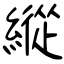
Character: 縱